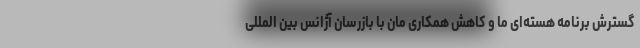
گسترش برنامه هسته‌ای ما و کاهش همکاری مان با بازرسان آژانس بین المللی